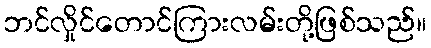
ဘင်လှိုင်တောင်ကြားလမ်းတို့ဖြစ်သည်။